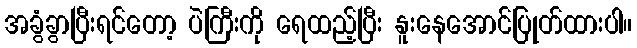
အခွံခွာပြီးရင်တော့ ပဲကြီးကို ရေထည့်ပြီး နူးနေအောင်ပြုတ်ထားပါ။